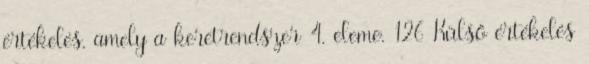
értékelés, amely a keretrendszer 4. eleme. 126 Külső értékelés